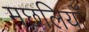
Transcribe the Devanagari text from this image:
मछलियाॅ